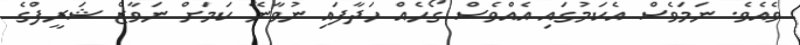
ވެއެވެ. ނަމަވެސް އެކަމުގައި އެއްވެސް ގޯހެއް ހަދާފައި ނުވާނޭ ކަމަށް ނަވާޒް ޝަރީފްގެ